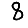
Digit: 8